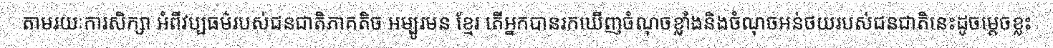
តាមរយៈការសិក្សា អំពីវប្បធម៌របស់ជនជាតិភាគតិច អម្បូរមន ខ្មែរ តើអ្នកបានរកឃើញចំណុចខ្លាំងនិងចំណុចអន់ថយរបស់ជនជាតិនេះដូចម្តេចខ្លះ